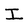
Character: I